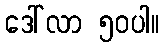
ဒေါ်လာ ၅၀ပါ။